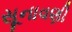
સૂનાવણી